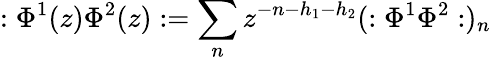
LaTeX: :\Phi^{1}(z)\Phi^{2}(z):=\sum_{n}z^{-n-h_{1}-h_{2}}(:\Phi^{1}\Phi^{2}:)_{n}